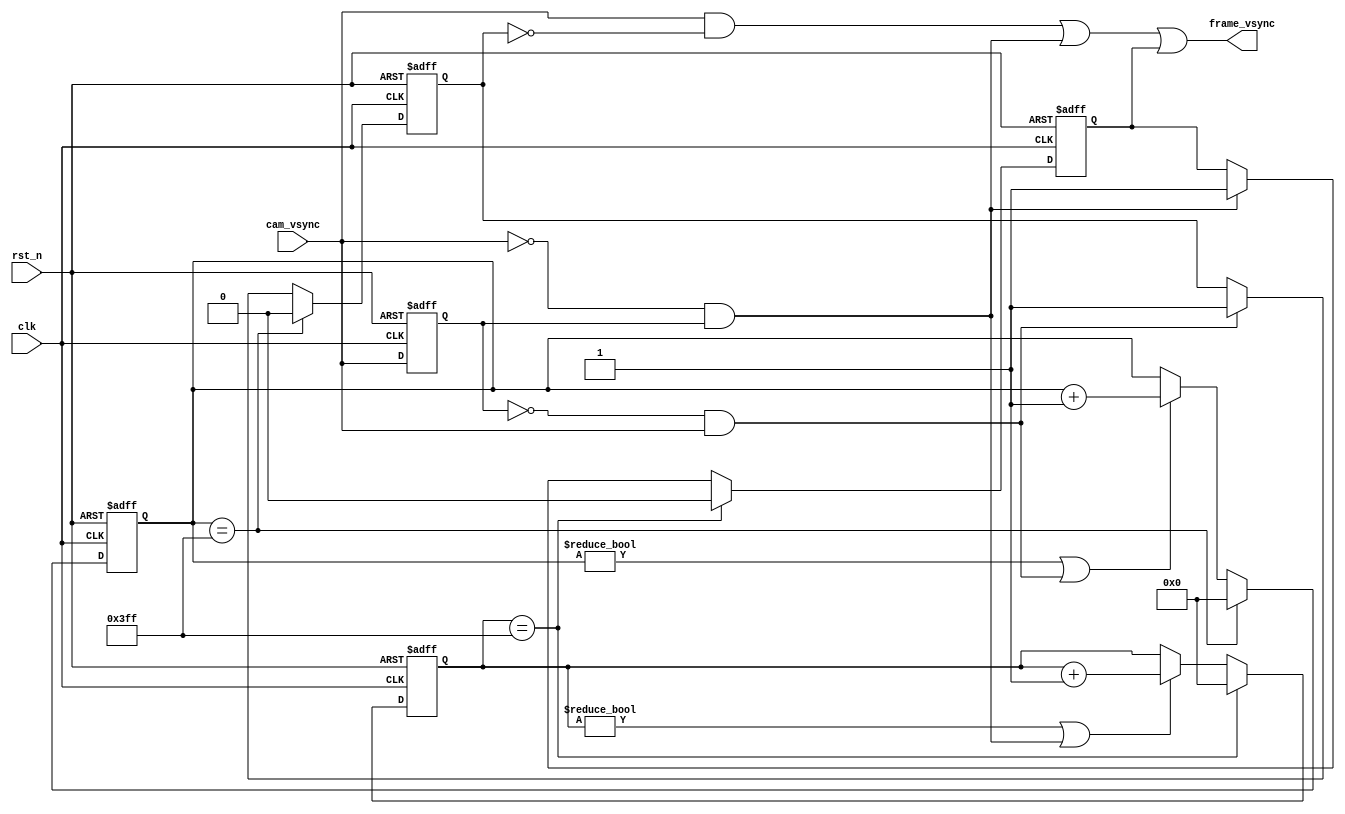
`timescale 1ns / 1ps
module frame_vsync(
    input               clk,
    input               rst_n,

    input               cam_vsync,
    output              frame_vsync
    );


//cam_vsynccam_href,vsync,vsync
//cam_vsync |______________|
//cam_href  _______________________||____||____||____________________________

reg  [10:0] n_delay_cnt;
reg         n_delay_valid; //vsync
reg  [10:0] p_delay_cnt;
reg         p_delay_valid; //vsync
reg         cam_vsync_d1;
wire        cam_vsync_p;
wire        cam_vsync_n;

assign cam_vsync_n = (~cam_vsync) && cam_vsync_d1;
assign cam_vsync_p = (~cam_vsync_d1) && cam_vsync;
assign frame_vsync = (cam_vsync && ~p_delay_valid) || cam_vsync_n || n_delay_valid;

always @(posedge clk or negedge rst_n)begin
    if(!rst_n)
        cam_vsync_d1 <= 1'b0;
    else 
        cam_vsync_d1 <= cam_vsync;
end

always @(posedge clk or negedge rst_n)begin
    if(!rst_n)
        p_delay_cnt <= 11'd0;
    else if(p_delay_cnt == 11'd1023)
        p_delay_cnt <= 11'd0;
    else if(p_delay_cnt != 11'd0 || cam_vsync_p)
        p_delay_cnt <= p_delay_cnt + 1'b1;
    else
        p_delay_cnt <= p_delay_cnt;
end

always @(posedge clk or negedge rst_n)begin
    if(!rst_n)
        p_delay_valid <= 1'b0;
    else if(p_delay_cnt == 11'd1023)
        p_delay_valid <= 1'b0;
    else if(cam_vsync_p)
        p_delay_valid <= 1'b1;
    else 
        p_delay_valid <= p_delay_valid;
end

always @(posedge clk or negedge rst_n)begin
    if(!rst_n)
        n_delay_valid <= 1'b0;
    else if(n_delay_cnt == 1023) //1023
        n_delay_valid <= 1'b0;
    else if(cam_vsync_n)
        n_delay_valid <= 1'b1;
    else
        n_delay_valid <= n_delay_valid;
end

always @(posedge clk or negedge rst_n)begin
    if(!rst_n)
        n_delay_cnt <= 11'd0;
    else if(n_delay_cnt == 11'd1023)
        n_delay_cnt <= 11'd0;
    else if(n_delay_cnt != 11'd0 || cam_vsync_n)
        n_delay_cnt <= n_delay_cnt + 1'b1;
    else    
        n_delay_cnt <= n_delay_cnt;
end

endmodule